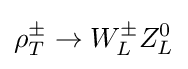
\rho _{T}^{\pm }\rightarrow W_{L}^{\pm }Z_{L}^{0}